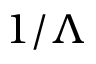
1 / \Lambda